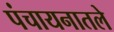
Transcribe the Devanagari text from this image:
पंचायनातले